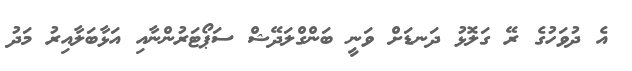
އެ ދުވަހުގެ ރޭ ގަލޮޅު ދަނޑަށް ވަނީ ބަންގްލަދޭޝް ސަޕޯޓަރުންނާއި އަޅާބަލާއިރު މަދު